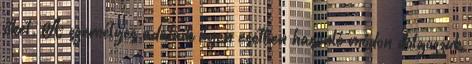
őket. A személyes adataik ilyen esetben hasonló módon dolgozzuk